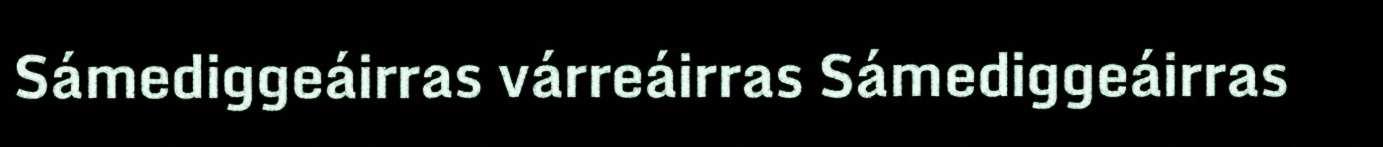
Sámediggeáirras várreáirras Sámediggeáirras